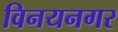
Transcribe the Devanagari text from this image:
विनयनगर